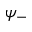
\psi _ { - }